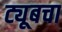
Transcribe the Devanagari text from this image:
ट्यूबचा